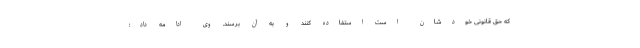
که حق قانونی خودشان است استفاده کنند و به آن برسند. وی ادامه داد: